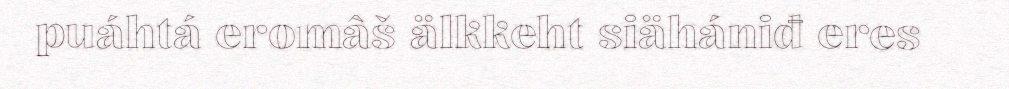
puáhtá eromâš älkkeht siähániđ eres